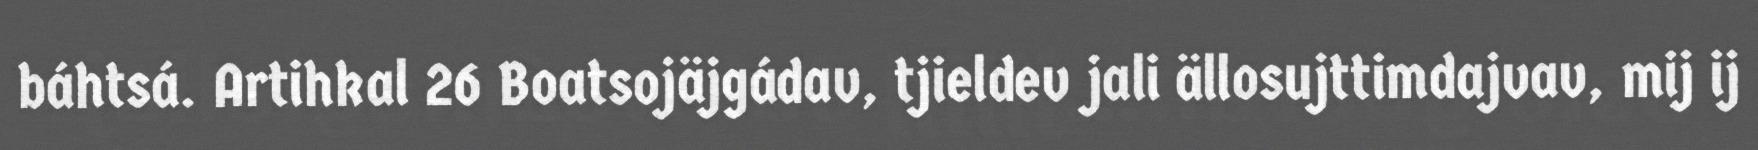
báhtsá. Artihkal 26 Boatsojäjgádav, tjieldev jali ällosujttimdajvav, mij ij